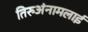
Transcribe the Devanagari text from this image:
तिरुअंनामलाई